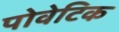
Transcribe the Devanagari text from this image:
पोवेटिक